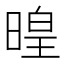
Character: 𣈷